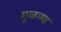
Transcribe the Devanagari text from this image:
गुळण्य